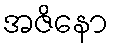
အဇိနော